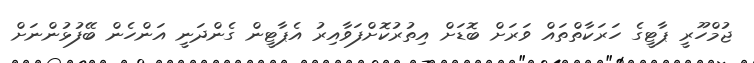
ޖުމްހޫރީ ޕާޓީގެ ހަރަކާތްތައް ވަރަށް ބޮޑަށް އިތުރުކޮށްފަވާއިރު އެޕާޓީން ގެންދަނީ އަންހެން ބޭފުޅުންނަށް